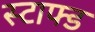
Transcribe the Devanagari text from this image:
स्टाफ्ड